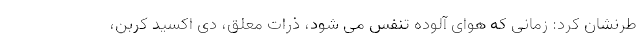
طرنشان کرد: زمانی که هوای آلوده تنفس می شود، ذرات معلق، دی اکسید کربن،